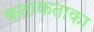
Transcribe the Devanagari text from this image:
कताकताका